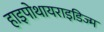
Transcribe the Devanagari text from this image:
हाइपोथायराइडिज्म